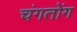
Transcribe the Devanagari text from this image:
चंगतोंग